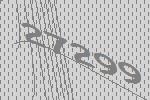
27299